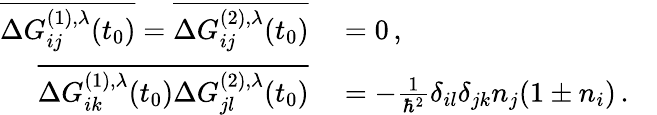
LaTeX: \begin{array}{rl}{\overline{{\Delta G_{ij}^{(1),\lambda}(t_{0})}}=\overline{{\Delta G_{ij}^{(2),\lambda}(t_{0})}}}&{{}=0\, ,}\\ {\overline{{\Delta G_{ik}^{(1),\lambda}(t_{0})\Delta G_{jl}^{(2),\lambda}(t_{0})}}}&{{}=-\frac{1}{\hbar^{2}}\delta_{il}\delta_{jk}n_{j}(1\pm n_{i})\, .\quad}\end{array}